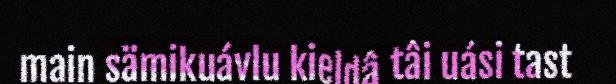
main sämikuávlu kieldâ tâi uási tast